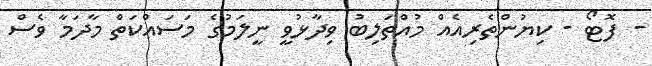
- ފޮޓޯ - ކިޔުންތެރިއެއް މުއްތަލިބު ވިދާޅުވީ ނީލަމުގެ މަސައްކަތް މާދަމާ ވެސް